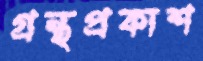
গ্রন্থপ্রকাশ